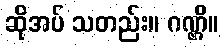
ဆိုအပ် သတည်း။ ဂဏ္ဌိ။